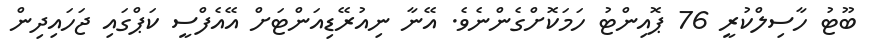
ބޫޓު ހާސިލްކުރީ 76 ޕޮއިންޓު ހަމަކޮށްގެންނެވެ. އޭނާ ނިއުރޭޑިއަންޓަށް އޭއެފްސީ ކަޕްގައި ޖަހައިދިން